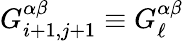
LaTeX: G_{i+1,j+1}^{\alpha\beta}\equiv G_{\ell}^{\alpha\beta}